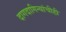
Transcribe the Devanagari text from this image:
दागदागिन्यांचीही